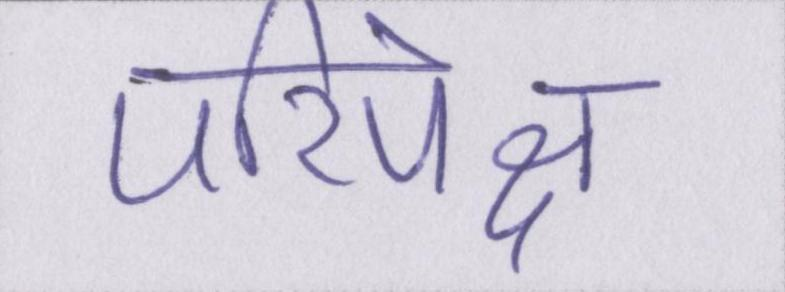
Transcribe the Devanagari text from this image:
परिपेक्ष